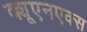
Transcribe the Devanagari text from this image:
क्यूएनएक्स